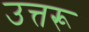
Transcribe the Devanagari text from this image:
उत्तरू